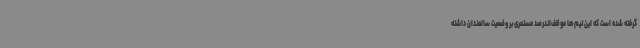
گرفته شده است که این تیم‌ها موظف‌اندرصد مستمری بر وضعیت سالمندان داشته